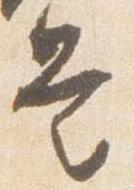
是